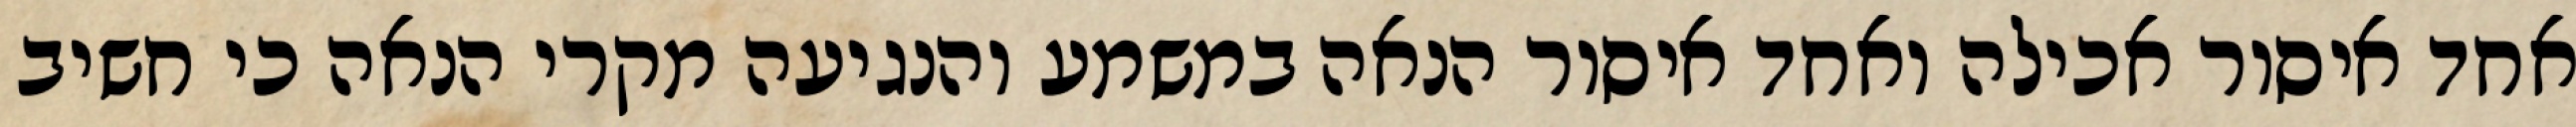
אחד איסור אכילה ואחד איסור הנאה במשמע והנגיעה מקרי הנאה כי חשיב